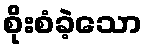
စိုးစံခဲ့သော